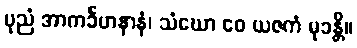
ပုညံ အာကင်္ခဟနာနံ၊ သံဃော ဝေ ယဇကံ မုခန္တိ။